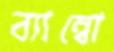
ব্যাম্বো